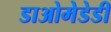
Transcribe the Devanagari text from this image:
डाओमेडेडी